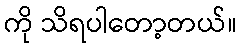
ကို သိရပါတော့တယ်။